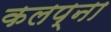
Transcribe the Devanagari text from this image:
कलप्ना